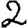
Digit: 2